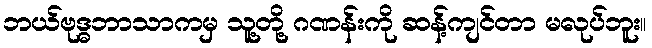
ဘယ်ဗုဒ္ဓဘာသာကမှ သူ့တို့ ဂဏန်းကို ဆန့်ကျင်တာ မလုပ်ဘူး။